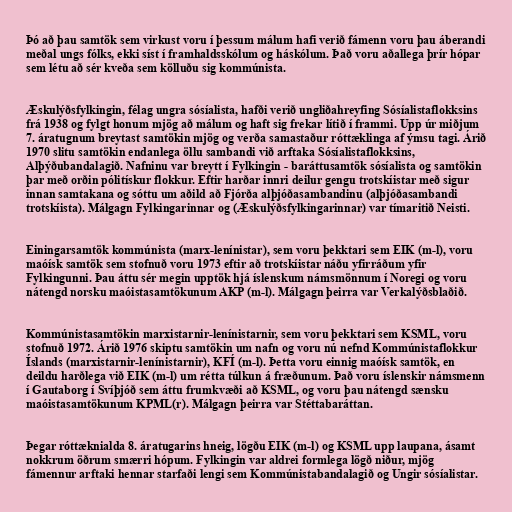
Þó að þau samtök sem virkust voru í þessum málum hafi verið fámenn voru þau áberandi
meðal ungs fólks, ekki síst í framhaldsskólum og háskólum. Það voru aðallega þrír hópar
sem létu að sér kveða sem kölluðu sig kommúnista.

Æskulýðsfylkingin, félag ungra sósíalista, hafði verið ungliðahreyfing Sósíalistaflokksins
frá 1938 og fylgt honum mjög að málum og haft sig frekar lítið í frammi. Upp úr miðjum
7. áratugnum breytast samtökin mjög og verða samastaður róttæklinga af ýmsu tagi. Árið
1970 slitu samtökin endanlega öllu sambandi við arftaka Sósíalistaflokksins,
Alþýðubandalagið. Nafninu var breytt í Fylkingin - baráttusamtök sósíalista og samtökin
þar með orðin pólitískur flokkur. Eftir harðar innri deilur gengu trotskíistar með sigur
innan samtakana og sóttu um aðild að Fjórða alþjóðasambandinu (alþjóðasambandi
trotskíista). Málgagn Fylkingarinnar og (Æskulýðsfylkingarinnar) var tímaritið Neisti.

Einingarsamtök kommúnista (marx-lenínistar), sem voru þekktari sem EIK (m-l), voru
maóísk samtök sem stofnuð voru 1973 eftir að trotskíistar náðu yfirráðum yfir
Fylkingunni. Þau áttu sér megin upptök hjá íslenskum námsmönnum í Noregi og voru
nátengd norsku maóistasamtökunum AKP (m-l). Málgagn þeirra var Verkalýðsblaðið.

Kommúnistasamtökin marxistarnir-lenínistarnir, sem voru þekktari sem KSML, voru
stofnuð 1972. Árið 1976 skiptu samtökin um nafn og voru nú nefnd Kommúnistaflokkur
Íslands (marxistarnir-lenínistarnir), KFÍ (m-l). Þetta voru einnig maóísk samtök, en
deildu harðlega við EIK (m-l) um rétta túlkun á fræðunum. Það voru íslenskir námsmenn
í Gautaborg í Svíþjóð sem áttu frumkvæði að KSML, og voru þau nátengd sænsku
maóistasamtökunum KPML(r). Málgagn þeirra var Stéttabaráttan.

Þegar róttæknialda 8. áratugarins hneig, lögðu EIK (m-l) og KSML upp laupana, ásamt
nokkrum öðrum smærri hópum. Fylkingin var aldrei formlega lögð niður, mjög
fámennur arftaki hennar starfaði lengi sem Kommúnistabandalagið og Ungir sósíalistar.